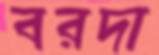
বরদা